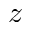
z